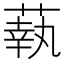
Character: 蓻